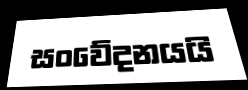
සංවේදනයයි